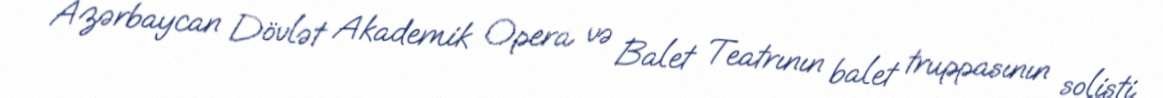
Azərbaycan Dövlət Akademik Opera və Balet Teatrının balet truppasının solisti